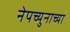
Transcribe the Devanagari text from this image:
नेपच्युनाच्या